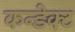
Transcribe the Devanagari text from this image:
कन्डेक्ट